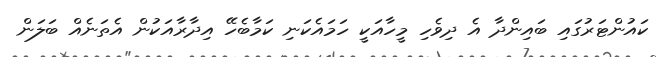
ކައުންޓަރުގައި ބައިންދާ އެ ދިވެހި މީހާއަކީ ހަމައެކަނި ކަމާބެހޭ އިދާރާއަކުން އެތަނެއް ބަލަން